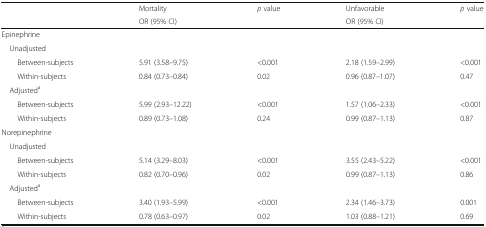
<table><thead><tr><td rowspan="2">[EMPTY_CELL]</td><td><b>Mortality</b></td><td rowspan="2"><b><i>p</i> value</b></td><td><b>Unfavorable</b></td><td rowspan="2"><b><i>p</i> value</b></td></tr><tr><td><b>OR (95% CI)</b></td><td><b>OR (95% CI)</b></td></tr></thead><tbody><tr><td colspan="5">Epinephrine</td></tr><tr><td colspan="5"> Unadjusted</td></tr><tr><td>Between-subjects</td><td>5.91 (3.58–9.75)</td><td>&lt;0.001</td><td>2.18 (1.59–2.99)</td><td>&lt;0.001</td></tr><tr><td>Within-subjects</td><td>0.84 (0.73–0.84)</td><td>0.02</td><td>0.96 (0.87–1.07)</td><td>0.47</td></tr><tr><td colspan="5"> Adjusted<sup>a</sup></td></tr><tr><td>Between-subjects</td><td>5.99 (2.93–12.22)</td><td>&lt;0.001</td><td>1.57 (1.06–2.33)</td><td>&lt;0.001</td></tr><tr><td>Within-subjects</td><td>0.89 (0.73–1.08)</td><td>0.24</td><td>0.99 (0.87–1.13)</td><td>0.87</td></tr><tr><td colspan="5">Norepinephrine</td></tr><tr><td colspan="5"> Unadjusted</td></tr><tr><td>Between-subjects</td><td>5.14 (3.29–8.03)</td><td>&lt;0.001</td><td>3.55 (2.43–5.22)</td><td>&lt;0.001</td></tr><tr><td>Within-subjects</td><td>0.82 (0.70–0.96)</td><td>0.02</td><td>0.99 (0.87–1.13)</td><td>0.86</td></tr><tr><td colspan="5"> Adjusted<sup>a</sup></td></tr><tr><td>Between-subjects</td><td>3.40 (1.93–5.99)</td><td>&lt;0.001</td><td>2.34 (1.46–3.73)</td><td>0.001</td></tr><tr><td>Within-subjects</td><td>0.78 (0.63–0.97)</td><td>0.02</td><td>1.03 (0.88–1.21)</td><td>0.69</td></tr></tbody></table>